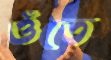
ওঁতে